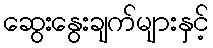
ဆွေးနွေးချက်များနှင့်